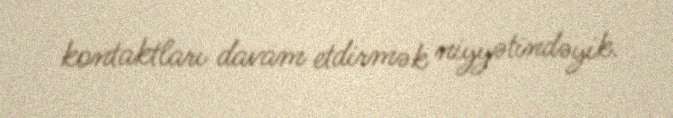
kontaktları davam etdirmək niyyətindəyik.